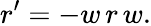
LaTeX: r^{\prime}=-w\, r\, w.